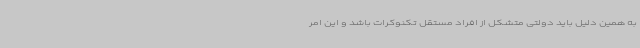
به همین دلیل باید دولتی متشکل از افراد مستقل تکنوکرات باشد و این امر